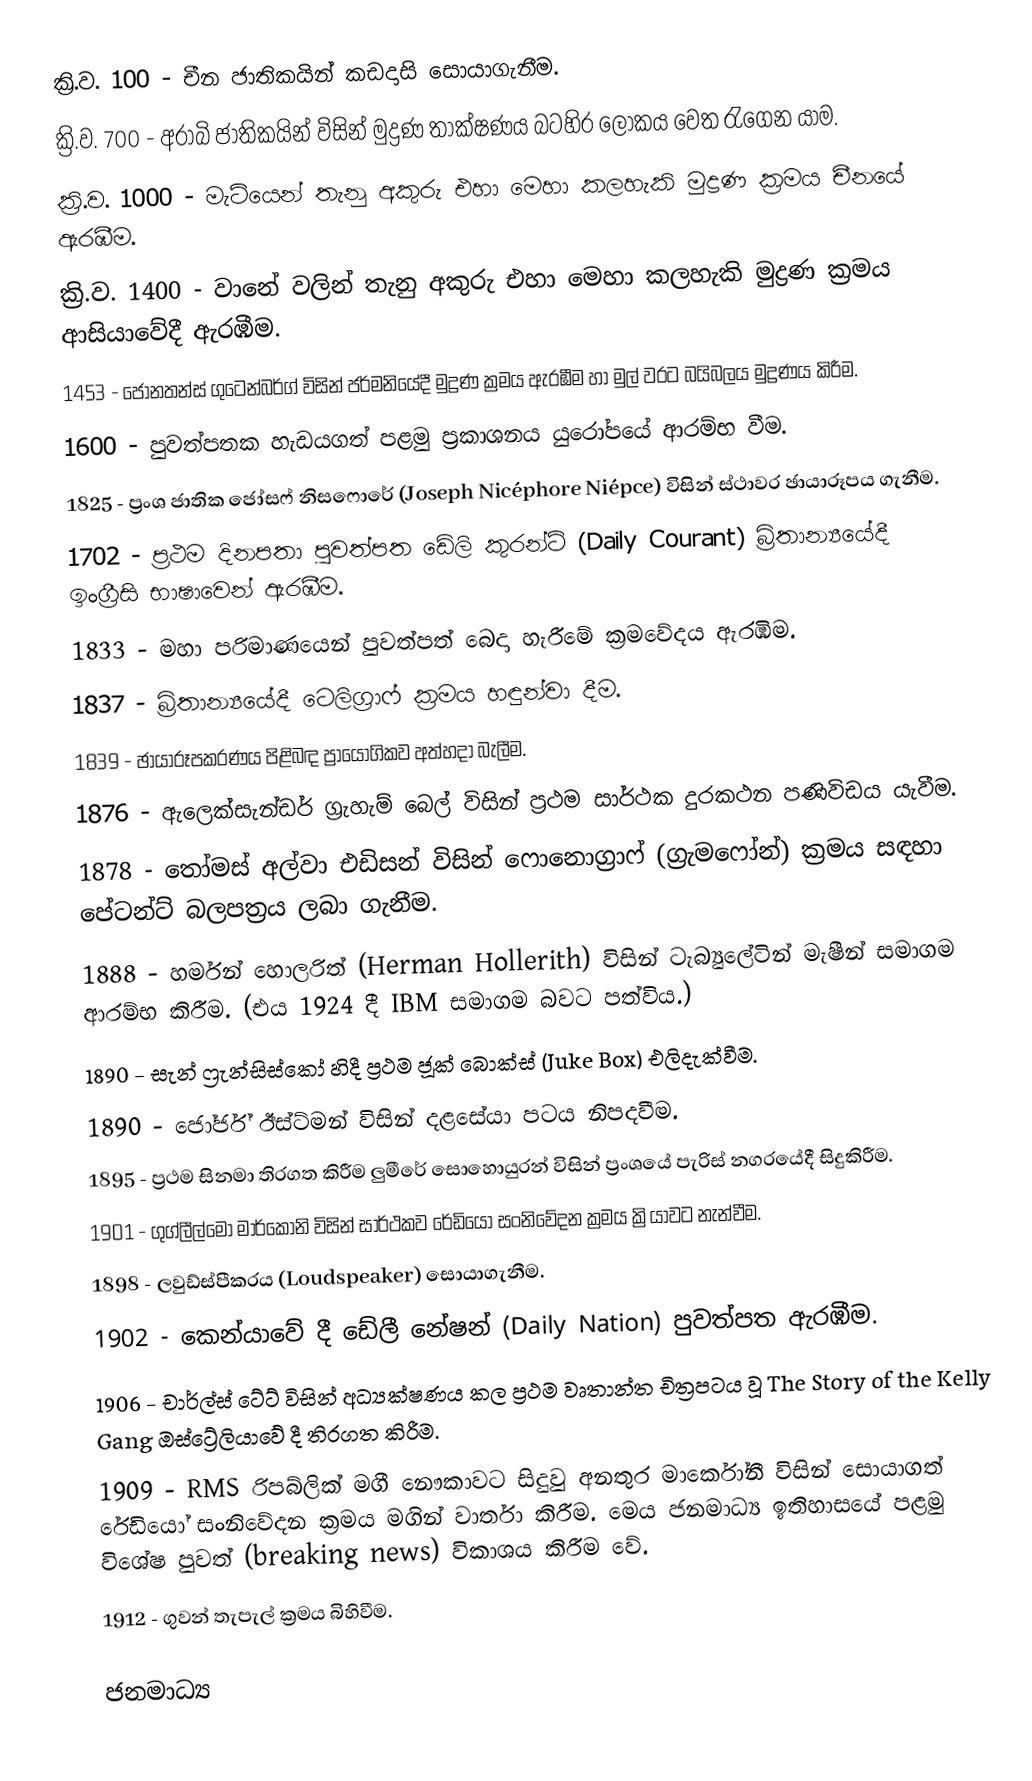
ක්‍රි.ව. 100  - චීන ජාතිකයින් කඩදාසි සොයාගැනීම.
 ක්‍රි.ව. 700  - අරාබි ජාතිකයින් විසින් මුද්‍රණ තාක්ෂණය බටහිර ලෝකය වෙත රැගෙන යාම.
 ක්‍රි.ව. 1000 - මැටියෙන් තැනු අකුරු එහා මෙහා කලහැකි මුද්‍රණ ක්‍රමය චීනයේ ඇරඹීම.
 ක්‍රි.ව. 1400 - වානේ වලින් තැනු අකුරු එහා මෙහා කලහැකි මුද්‍රණ ක්‍රමය ආසියාවේදී ඇරඹීම.
 1453 - ජොනතන්ස් ගුටෙන්බර්ග් විසින් ජර්මනියේදී මුද්‍රණ ක්‍රමය ඇරඹීම හා මුල් වරට බයිබලය මුද්‍රණය කිරීම.
 1600 - පුවත්පතක හැඩයගත් පළමු ප්‍රකාශනය යුරෝපයේ ආරම්භ වීම.
 1825 - ප්‍රංශ ජාතික ජෝස‍ෆ් නිසෆොරේ (Joseph Nicéphore Niépce) විසින් ස්ථාවර ඡායාරූපය ගැනීම.
 1702 - ප්‍රථම දිනපතා පුවත්පත ඩේලි කුරන්ට් (Daily Courant) බ්‍රිතාන්‍යයේදී ඉංග්‍රීසි භාෂාවෙන් ඇරඹීම.
 1833 - මහා පරිමාණයෙන් පුවත්පත් බෙදා හැරීමේ ක්‍රමවේදය ඇරඹීම.
 1837 - බ්‍රිතාන්‍යයේදී ටෙලිග්‍රාෆ් ක්‍රමය හඳුන්වා දීම.
 1839 - ඡායාරූපකරණය පිළිබඳ ප්‍රායෝගිකව අත්හදා බැලීම.
 1876 - ඇලෙක්සැන්ඩර් ග්‍රැහැම් බෙල් විසින් ප්‍රථම සාර්ථක දුරකථන පණිවිඩය යැවීම.
 1878 - තෝමස් අල්වා එඩිසන් විසින් ෆොනොග්‍රාෆ් (ග්‍රැමෆෝන්) ක්‍රමය සඳහා පේටන්ට් බලපත්‍රය ලබා ගැනීම.
 1888 - හර්මන් හොලරිත් (Herman Hollerith) විසින් ටැබ්‍යුලේටින් මැෂීන් සමාගම ආරම්භ කිරීම. (එය 1924 දී IBM සමාගම බවට පත්විය.)
 1890 - සැන් ෆ්‍රැන්සිස්කෝ හිදී ප්‍රථම ජූක් බොක්ස් (Juke Box) එලිදැක්වීම.
 1890 - ජෝර්ජ් ඊස්ට්මන් විසින් දළසේයා පටය නිපදවීම.
 1895 - ප්‍රථම සිනමා තිරගත කිරීම ලුමීරේ සොහොයුරන් විසින් ප්‍රංශයේ පැරිස් නගරයේදී සිදුකිරීම.
 1901 - ගුග්ලීල්මො මාර්කෝනි විසින් සාර්ථකව රේඩියෝ සංනිවේදන ක්‍රමය ක්‍රියාවට නැන්වීම.
 1898 - ලවුඩ්ස්පීකරය (Loudspeaker) සොයාගැනීම.
 1902 - කෙන්යාවේ දී ඩේලී නේෂන් (Daily Nation) පුවත්පත ඇරඹීම.
 1906 - චාර්ල්ස් ටේට් විසින් අධ්‍යක්ෂණය කල ප්‍රථම වෘතාන්ත චිත්‍රපටය වූ The Story of the Kelly Gang ඔස්ට්‍රේලියාවේ දී තිරගත කිරීම.
 1909 - RMS රිපබ්ලික් මගී නෞකාවට සිදුවු අනතුර මාර්කෝනී විසින් සොයාගත් රේඩියෝ සංනිවේදන ක්‍රමය මගින් වාර්තා කිරීම. මෙය ජනමාධ්‍ය ඉතිහාසයේ පළමු විශේෂ පුවත් (breaking news) විකාශය කිරීම වේ.
 1912 - ගුවන් තැපැල් ක්‍රමය බිහිවීම.

ජනමාධ්‍ය